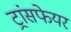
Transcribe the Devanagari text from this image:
ट्रांसफेयर